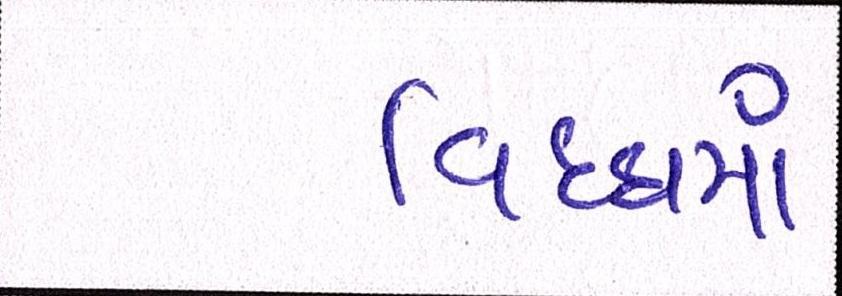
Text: વિધ્ધમાં